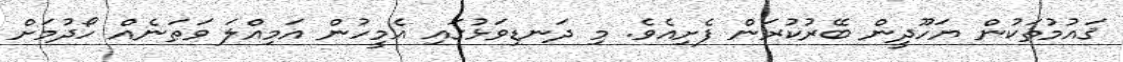
ޤައުމުތަކުން ޔަހޫދީން ބޭރުކުރަން ފެށިއެވެ. މި ދަނޑިވަޅުގައި އެމީހުން އަމިއްލަ ވަޠަނެއް ހޯދުމަށް